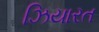
ઝિયારત